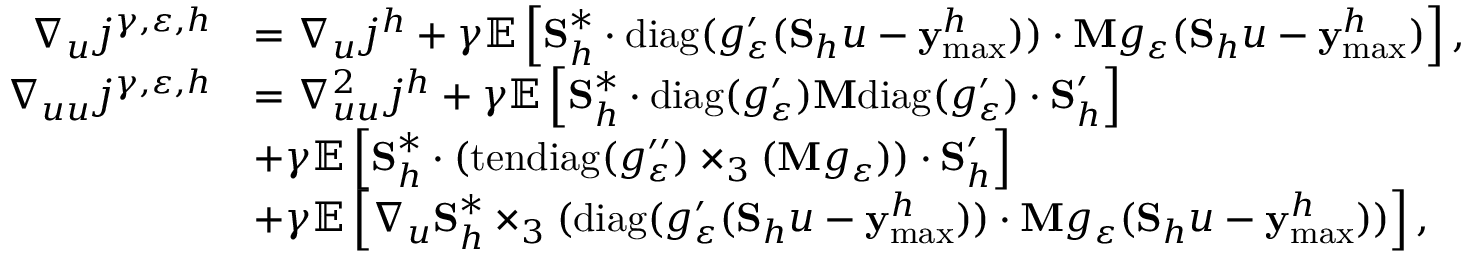
\begin{array} { r l } { \nabla _ { u } j ^ { \gamma , \varepsilon , h } } & { = \nabla _ { u } j ^ { h } + \gamma \mathbb { E } \left[ \mathbf { S } _ { h } ^ { * } \cdot \mathrm { d i a g } ( g _ { \varepsilon } ^ { \prime } ( \mathbf { S } _ { h } u - \mathbf { y } _ { \operatorname* { m a x } } ^ { h } ) ) \cdot \mathbf { M } g _ { \varepsilon } ( \mathbf { S } _ { h } u - \mathbf { y } _ { \operatorname* { m a x } } ^ { h } ) \right] , } \\ { \nabla _ { u u } j ^ { \gamma , \varepsilon , h } } & { = \nabla _ { u u } ^ { 2 } j ^ { h } + \gamma \mathbb { E } \left[ \mathbf { S } _ { h } ^ { * } \cdot \mathrm { d i a g } ( g _ { \varepsilon } ^ { \prime } ) \mathbf { M } \mathrm { d i a g } ( g _ { \varepsilon } ^ { \prime } ) \cdot \mathbf { S } _ { h } ^ { \prime } \right] } \\ & { + \gamma \mathbb { E } \left[ \mathbf { S } _ { h } ^ { * } \cdot ( \mathrm { t e n d i a g } ( g _ { \varepsilon } ^ { \prime \prime } ) \times _ { 3 } ( \mathbf { M } g _ { \varepsilon } ) ) \cdot \mathbf { S } _ { h } ^ { \prime } \right] } \\ & { + \gamma \mathbb { E } \left[ \nabla _ { u } \mathbf { S } _ { h } ^ { * } \times _ { 3 } ( \mathrm { d i a g } ( g _ { \varepsilon } ^ { \prime } ( \mathbf { S } _ { h } u - \mathbf { y } _ { \operatorname* { m a x } } ^ { h } ) ) \cdot \mathbf { M } g _ { \varepsilon } ( \mathbf { S } _ { h } u - \mathbf { y } _ { \operatorname* { m a x } } ^ { h } ) ) \right] , } \end{array}